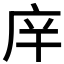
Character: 𰏴